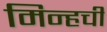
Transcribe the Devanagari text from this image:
मिन्हची